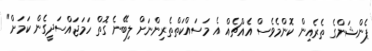
ޕެންޝަންގެ ތެރެއިން ކޮންމެވެސް އެއްޗެއް އެ މަސައްކަތްތެރިންނަށް ލިބޭނެ ގޮތް ހަމަޖައްސަދީގެން ކަމަށް"